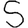
Digit: 5